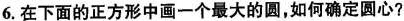
6.在下面的正方形中画一个最大的圆，如何确定圆心?